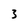
Character: 3